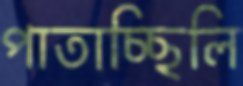
পাতাচ্ছিলি